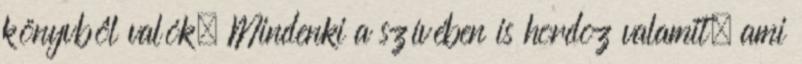
könyvbôl valók. Mindenki a szívében is hordoz valamit, ami